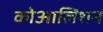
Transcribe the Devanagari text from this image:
कोआलिशन